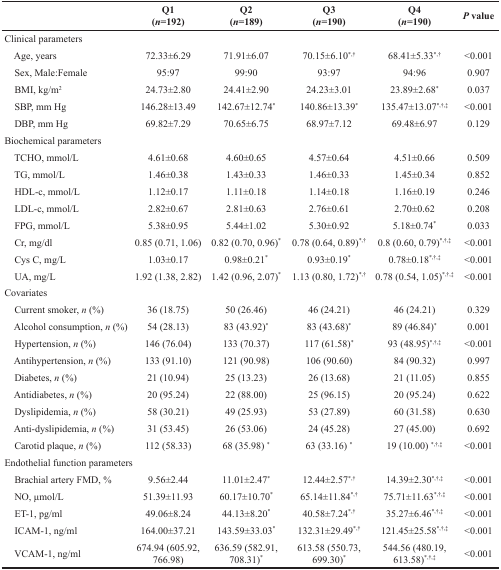
<table><thead><tr><td></td><td><b>Q1(<i>n</i>=192)</b></td><td><b>Q2(<i>n</i>=189)</b></td><td><b>Q3(<i>n</i>=190)</b></td><td><b>Q4(<i>n</i>=190)</b></td><td><b><i>P</i> value</b></td></tr></thead><tbody><tr><td colspan="6">Clinical parameters</td></tr><tr><td> Age, years</td><td>72.33±6.29</td><td>71.91±6.07</td><td>70.15±6.10<sup>*,†</sup></td><td>68.41±5.33<sup>*,†</sup></td><td>&lt;0.001</td></tr><tr><td> Sex, Male:Female</td><td>95:97</td><td>99:90</td><td>93:97</td><td>94:96</td><td>0.907</td></tr><tr><td> BMI, kg/m<sup>2</sup></td><td>24.73±2.80</td><td>24.41±2.90</td><td>24.23±3.01</td><td>23.89±2.68<sup>*</sup></td><td>0.037</td></tr><tr><td> SBP, mm Hg</td><td>146.28±13.49</td><td>142.67±12.74<sup>*</sup></td><td>140.86±13.39<sup>*</sup></td><td>135.47±13.07<sup>*,†,‡</sup></td><td>&lt;0.001</td></tr><tr><td> DBP, mm Hg</td><td>69.82±7.29</td><td>70.65±6.75</td><td>68.97±7.12</td><td>69.48±6.97</td><td>0.129</td></tr><tr><td colspan="6">Biochemical parameters</td></tr><tr><td> TCHO, mmol/L</td><td>4.61±0.68</td><td>4.60±0.65</td><td>4.57±0.64</td><td>4.51±0.66</td><td>0.509</td></tr><tr><td> TG, mmol/L</td><td>1.46±0.38</td><td>1.43±0.33</td><td>1.46±0.33</td><td>1.45±0.34</td><td>0.852</td></tr><tr><td> HDL-c, mmol/L</td><td>1.12±0.17</td><td>1.11±0.18</td><td>1.14±0.18</td><td>1.16±0.19</td><td>0.246</td></tr><tr><td> LDL-c, mmol/L</td><td>2.82±0.67</td><td>2.81±0.63</td><td>2.76±0.61</td><td>2.70±0.62</td><td>0.208</td></tr><tr><td> FPG, mmol/L</td><td>5.38±0.95</td><td>5.44±1.02</td><td>5.30±0.92</td><td>5.18±0.74<sup>*</sup></td><td>0.033</td></tr><tr><td> Cr, mg/dl</td><td>0.85 (0.71, 1.06)</td><td>0.82 (0.70, 0.96)<sup>*</sup></td><td>0.78 (0.64, 0.89)<sup>*,†</sup></td><td>0.8 (0.60, 0.79)<sup>*,†,‡</sup></td><td>&lt;0.001</td></tr><tr><td> Cys C, mg/L</td><td>1.03±0.17</td><td>0.98±0.21<sup>*</sup></td><td>0.93±0.19<sup>*</sup></td><td>0.78±0.18<sup>*,†,‡</sup></td><td>&lt;0.001</td></tr><tr><td> UA, mg/L</td><td>1.92 (1.38, 2.82)</td><td>1.42 (0.96, 2.07)<sup>*</sup></td><td>1.13 (0.80, 1.72)<sup>*,†</sup></td><td>0.78 (0.54, 1.05)<sup>*,†,‡</sup></td><td>&lt;0.001</td></tr><tr><td colspan="6">Covariates</td></tr><tr><td> Current smoker, <i>n</i> (%)</td><td>36 (18.75)</td><td>50 (26.46)</td><td>46 (24.21)</td><td>46 (24.21)</td><td>0.329</td></tr><tr><td> Alcohol consumption, <i>n</i> (%)</td><td>54 (28.13)</td><td>83 (43.92)<sup>*</sup></td><td>83 (43.68)<sup>*</sup></td><td>89 (46.84)<sup>*</sup></td><td>0.001</td></tr><tr><td> Hypertension, <i>n</i> (%)</td><td>146 (76.04)</td><td>133 (70.37)</td><td>117 (61.58)<sup>*</sup></td><td>93 (48.95)<sup>*,†,‡</sup></td><td>&lt;0.001</td></tr><tr><td> Antihypertension, <i>n</i> (%)</td><td>133 (91.10)</td><td>121 (90.98)</td><td>106 (90.60)</td><td>84 (90.32)</td><td>0.997</td></tr><tr><td> Diabetes, <i>n</i> (%)</td><td>21 (10.94)</td><td>25 (13.23)</td><td>26 (13.68)</td><td>21 (11.05)</td><td>0.855</td></tr><tr><td> Antidiabetes, <i>n</i> (%)</td><td>20 (95.24)</td><td>22 (88.00)</td><td>25 (96.15)</td><td>20 (95.24)</td><td>0.622</td></tr><tr><td> Dyslipidemia, <i>n</i> (%)</td><td>58 (30.21)</td><td>49 (25.93)</td><td>53 (27.89)</td><td>60 (31.58)</td><td>0.630</td></tr><tr><td> Anti-dyslipidemia, <i>n</i> (%)</td><td>31 (53.45)</td><td>26 (53.06)</td><td>24 (45.28)</td><td>27 (45.00)</td><td>0.692</td></tr><tr><td> Carotid plaque, <i>n</i> (%)</td><td>112 (58.33)</td><td>68 (35.98) <sup>*</sup></td><td>63 (33.16) <sup>*</sup></td><td>19 (10.00) <sup>*,†,‡</sup></td><td>&lt;0.001</td></tr><tr><td colspan="6">Endothelial function parameters</td></tr><tr><td> Brachial artery FMD, %</td><td>9.56±2.44</td><td>11.01±2.47<sup>*</sup></td><td>12.44±2.57<sup>*,†</sup></td><td>14.39±2.30<sup>*,†,‡</sup></td><td>&lt;0.001</td></tr><tr><td> NO, μmol/L</td><td>51.39±11.93</td><td>60.17±10.70<sup>*</sup></td><td>65.14±11.84<sup>*,†</sup></td><td>75.71±11.63<sup>*,†,‡</sup></td><td>&lt;0.001</td></tr><tr><td> ET-1, pg/ml</td><td>49.06±8.24</td><td>44.13±8.20<sup>*</sup></td><td>40.58±7.24<sup>*,†</sup></td><td>35.27±6.46<sup>*,†,‡</sup></td><td>&lt;0.001</td></tr><tr><td> ICAM-1, ng/ml</td><td>164.00±37.21</td><td>143.59±33.03<sup>*</sup></td><td>132.31±29.49<sup>*,†</sup></td><td>121.45±25.58<sup>*,†,‡</sup></td><td>&lt;0.001</td></tr><tr><td> VCAM-1, ng/ml</td><td>674.94 (605.92, 766.98)</td><td>636.59 (582.91, 708.31)<sup>*</sup></td><td>613.58 (550.73, 699.30)<sup>*</sup></td><td>544.56 (480.19, 613.58)<sup>*,†,‡</sup></td><td>&lt;0.001</td></tr></tbody></table>